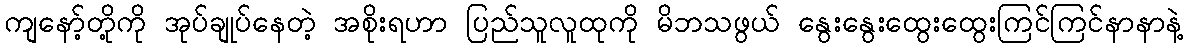
ကျနော့်တို့ကို အုပ်ချုပ်နေတဲ့ အစိုးရဟာ ပြည်သူလူထုကို မိဘသဖွယ် နွေးနွေးထွေးထွေးကြင်ကြင်နာနာနဲ့